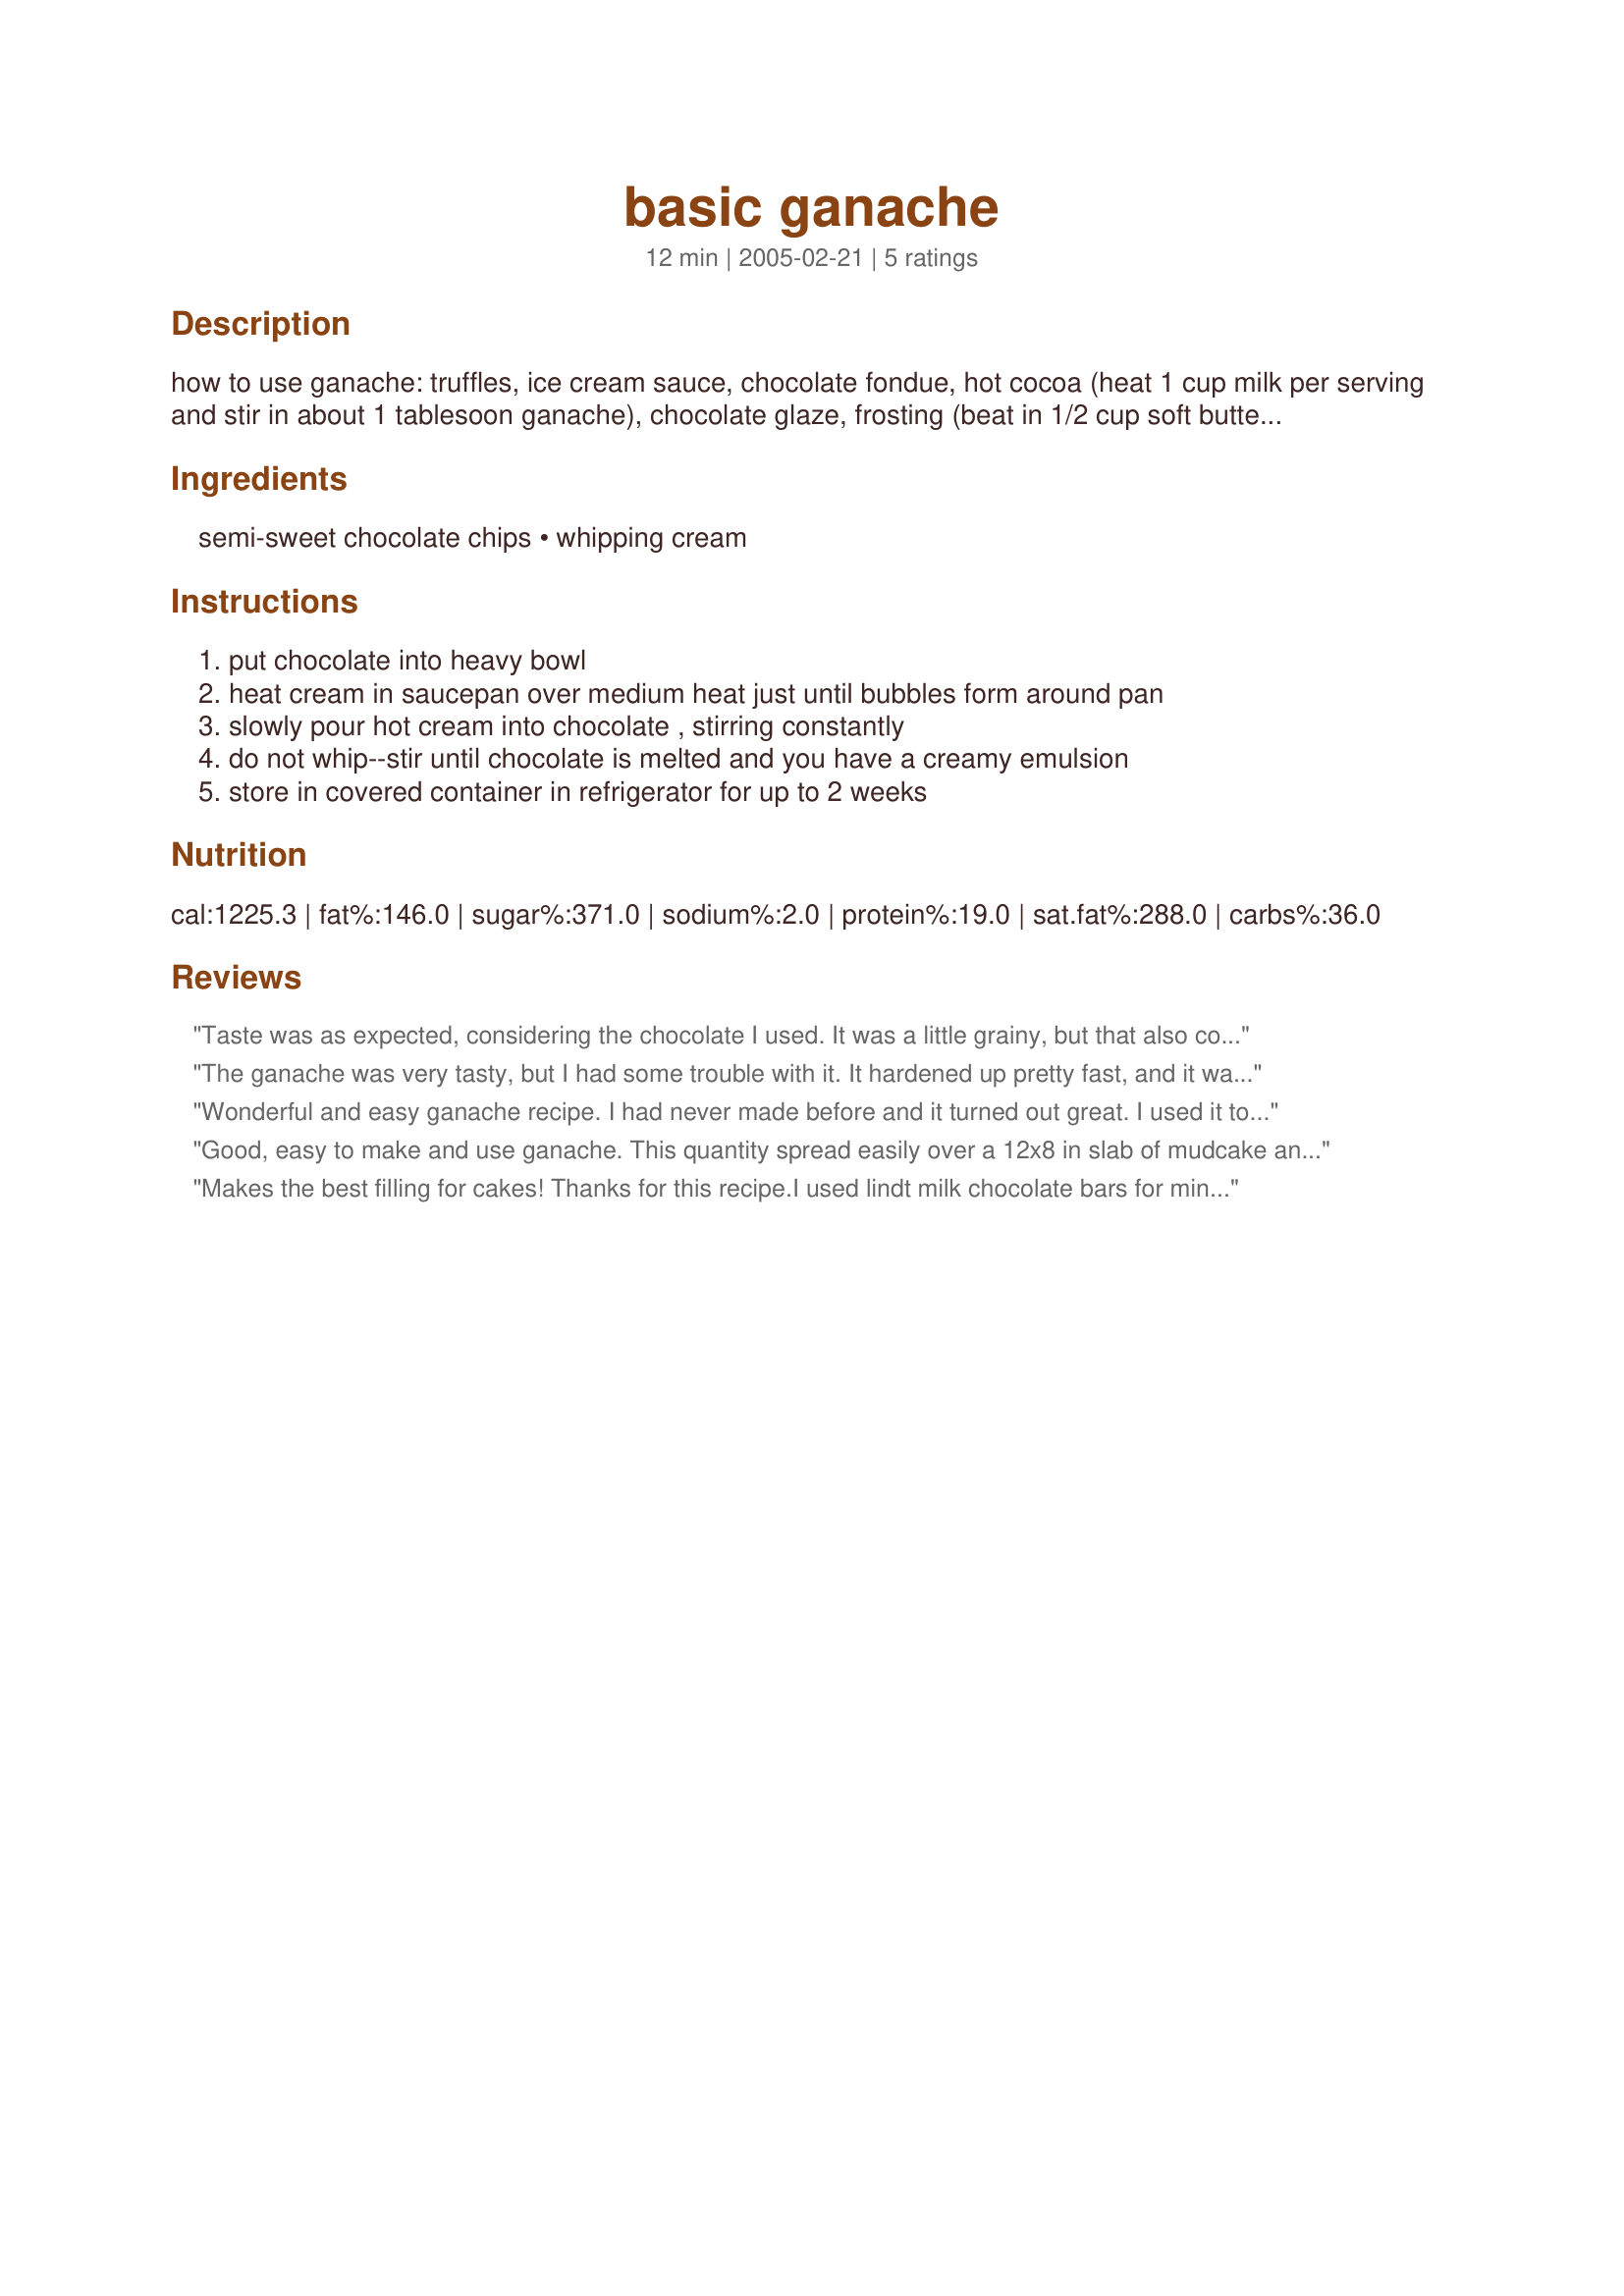
basic ganache
Preparation time: 12 minutes

how to use ganache: truffles, ice cream sauce, chocolate fondue, hot cocoa (heat 1 cup milk per serving and stir in about 1 tablesoon ganache), chocolate glaze, frosting (beat in 1/2 cup soft butter). the proportion of cream to chocolate in this recipe is right for semisweet or mildly bittersweet chocolates--not the darker eating chocolates (higher than about 60% cacao). for darker chocolates, use more cream.

Ingredients:
semi-sweet chocolate chips, whipping cream

Steps:
put chocolate into heavy bowl, heat cream in saucepan over medium heat just until bubbles form around pan, slowly pour hot cream into chocolate , stirring constantly, do not whip--stir until chocolate is melted and you have a creamy emulsion, store in covered container in refrigerator for up to 2 weeks

Reviews:
Taste was as expected, considering the chocolate I used. It was a little grainy, but that also could have been the chocolate I used. Great easy recipe, thanks!**Update 18 Sep 2010: I used this recipe again and instead of stirring as I poured the cream over the chocolate, I let it sit for a few minutes to melt the chocolate. After the chocolate had a chance to melt, I stirred it together and continued to stir it until it became glossy. I stirred it off-and-on after that for about an hour (as my cake was cooling) and this time I didn't have any problem with graininess. This is a really great recipe for topping cake--thanks!!**Update again--I don't know what happened to my stars, but I came back to put them back on this rating! :-)
The ganache was very tasty, but I had some trouble with it. It hardened up pretty fast, and it was brittle and cracked pretty badly when cutting the cake. I used Valrhona extra bittersweet (71% cacao) and a high-butterfat organic cream, but since the recipe didn't specify how much more to use, I didn't increase the amount of cream. I don't think that would've caused it to be too brittle, though? Other than that, the taste was excellent--with the chocolate I used, it was rich but not too sweet, and it was perfect with the rich, black Devil's Food cake I'd made. Thanks for posting, Sharlene!
Wonderful and easy ganache recipe. I had never made before and it turned out great. I used it to frost a truffle cheesecake and make mini truffles to go on top. Thank you.
Good, easy to make and use ganache. This quantity spread easily over a 12x8 in slab of mudcake and gave the decorators plenty to taste too;-)
Makes the best filling for cakes! Thanks for this recipe.I used lindt milk chocolate bars for mine,my Husband loved it.
